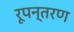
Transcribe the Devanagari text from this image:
रूपन्तरण